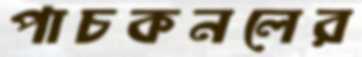
পাচকনলের